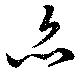
亦